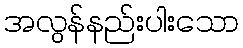
အလွန်နည်းပါးသော